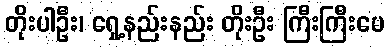
တိုးပါဦး၊ ရှေ့နည်းနည်း တိုးဦး ကြီးကြီးမေ